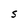
Character: S